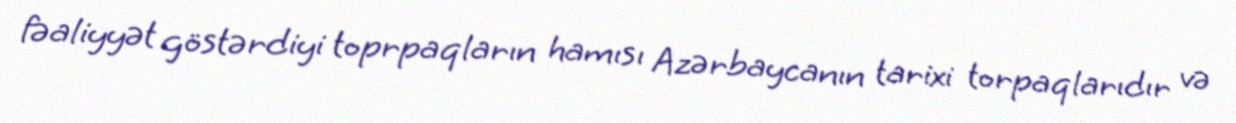
fəaliyyət göstərdiyi toprpaqların hamısı Azərbaycanın tarixi torpaqlarıdır və